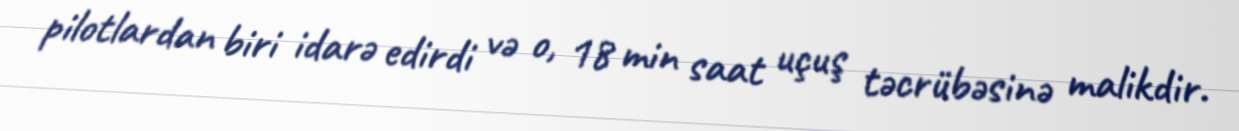
pilotlardan biri idarə edirdi və o, 18 min saat uçuş təcrübəsinə malikdir.